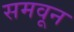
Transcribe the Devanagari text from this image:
समवून